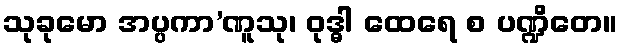
သုခုမော အပ္ပကာ’ဏူသု၊ ဝုဒ္ဓါ ထေရေ စ ပဏ္ဍိတေ။